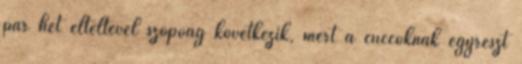
pár hét elteltével szopóág következik, mert a cuccoknak egyrészt